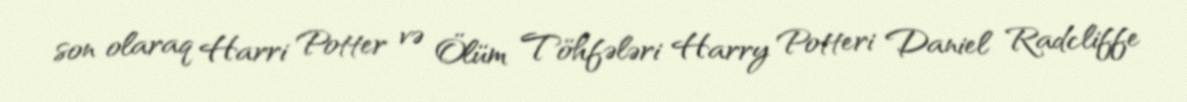
son olaraq Harri Potter və Ölüm Töhfələri Harry Potteri Daniel Radcliffe